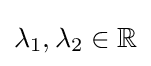
\lambda _{1},\lambda _{2}\in \mathbb {R}